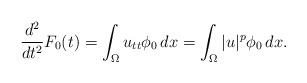
LaTeX: \begin{align*}\frac{d^2}{dt^2}F_0(t)=\int_{\Omega}u_{tt}\phi_0\,dx=\int_{\Omega}|u|^p\phi_0\,dx.\end{align*}